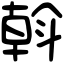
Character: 斡